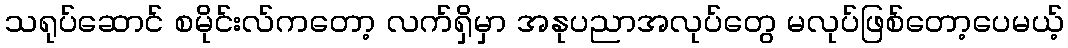
သရုပ်ဆောင် စမိုင်းလ်ကတော့ လက်ရှိမှာ အနုပညာအလုပ်တွေ မလုပ်ဖြစ်တော့ပေမယ့်